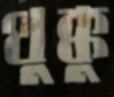
থুক্কু